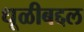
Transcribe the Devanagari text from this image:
धूळीबद्दल